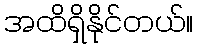
အထိရှိနိုင်တယ်။